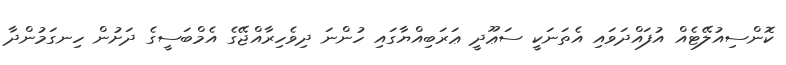
ކޮންސިއުލޭޓެއް އުފައްދަވައި އެތަނަކީ ސަޢޫދީ ޢަރަބިއްޔާގައި ހުންނަ ދިވެހިރާއްޖޭގެ އެމްބަސީގެ ދަށުން ހިނގަމުންދާ